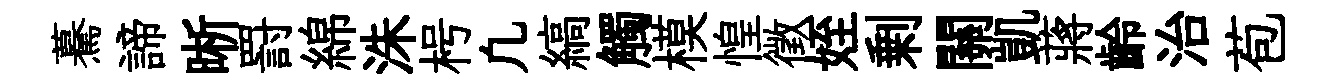
驀諦晰罸綿洙枵凢縞觸模惶徵姪剰關凱蔣齡治苞